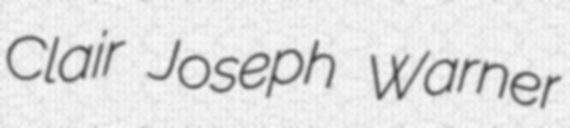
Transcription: Clair Joseph Warner